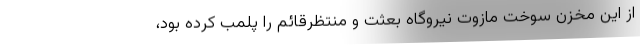
از این مخزن سوخت مازوت نیروگاه بعثت و منتظرقائم را پلمب کرده بود،